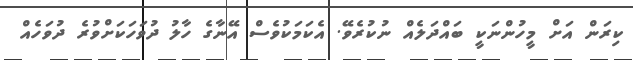
ކިރަން އަށް މީހުންނަކީ ބައްދަލެއް ނުކުރެވޭ. އެކަމަކުވެސް އޭނާގެ ހާލު ދުވަހަކަށްވުރެ ދުވަހެއް